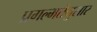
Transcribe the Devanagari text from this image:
प्रगल्भतेनुसार